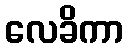
လေခိကာ